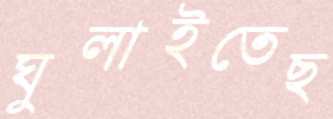
ঘুলাইতেছ